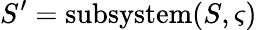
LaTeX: S^{\prime}=\textup{subsystem}(S,\varsigma)